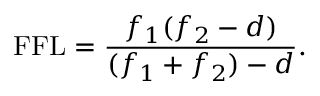
{ \mathrm { F F L } } = { \frac { f _ { 1 } ( f _ { 2 } - d ) } { ( f _ { 1 } + f _ { 2 } ) - d } } .